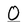
Character: O